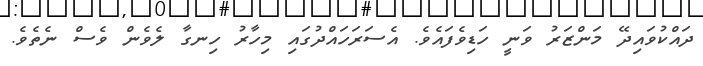
ދައްކުވައިދޭ މަންޒަރު ވަނީ ހަޑިވެފައެވެ. އެސަރަހައްދުގައި މިހާރު ހިނގާ ލެވެން ވެސް ނެތެވެ.